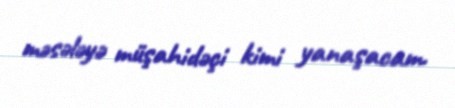
məsələyə müşahidəçi kimi yanaşacam.